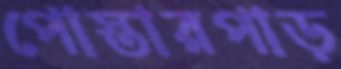
পোস্তারপাড়